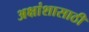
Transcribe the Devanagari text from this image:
अक्षांशासाठी